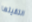
التقيتها